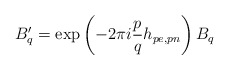
\begin{align*}B_{q}^{\prime}=\mbox{exp}\left(-2\pi i\frac{p}{q}h_{pe,pn}\right)B_{q}\end{align*}